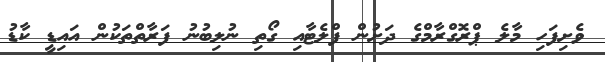
ވެށިފަހި މާލެ ޕްރޮގްރާމްގެ ދަށުން ފްލެޓާއި ގޯތި ނުލިބުނު ފަރާތްތަކުން އައިޑީ ކާޑު